system: You are a helpful assistant.
user:
Analyze the provided spectrum to determine if it is a **S-type Star**.

- **Key Indicators for S-type Star:**

    - **(Overall Spectrum Shape):** The first and most obvious characteristic is the overall continuum (the "baseline" shape). It is **extremely "red-sloping,"** meaning the flux (light intensity) is very low on the left side (blue, ~4000-4500 Å) and rises steeply and continuously toward the right side (red, ~7000 Å+).

    - **(Primary):** The spectrum is defined by the presence of strong, broad molecular absorption "valleys" (bands) from **Zirconium Oxide (ZrO)**. The identification of these bands is the **primary requirement** for classifying a star as S-type.
        - **(Key Bandheads):** You must find distinct, deep "dips" where the light has been absorbed. The most critical band systems to locate are:
            - **~6474 Å** ($\gamma$-system): This is often the strongest and clearest ZrO feature, found in the red part of the spectrum.
            - **~5718 Å** & **~5551 Å** ($\beta$-system): A pair of prominent absorption features in the yellow-orange part of the spectrum.
            - **~4640 Å** ($\alpha$-system): A key absorption band system in the blue-green region of the spectrum.

    - **(Secondary Confirmation):** The classification is strengthened by finding additional absorption bands from other related heavy element oxides, which are expected to be present alongside ZrO.
        - **(Key Bandheads):**
            - **Yttrium Oxide (YO):** Look for absorption dips near **~4800 Å** and **~6100 Å**.
            - **Lanthanum Oxide (LaO):** Additional absorption features, particularly in the red-orange part of the spectrum, are also characteristic.

    - **(Line Profile):** The combination of the steep red continuum and these numerous, deep molecular bands (ZrO, YO, etc.) gives the entire spectrum a very **"chopped-up"** or **"bumpy"** appearance. Instead of a smooth curve, the spectrum looks as though large, wide chunks of light have been "carved out" of it at the specific wavelengths listed above.

Think first, call **spectral_visualization_tool** if needed to examine features in detail, then provide your final answer. Your response must adhere to the following strict rules:
1.  **Overall Structure:** Your response must follow the format `<think>...</think> <tool_call>...</tool_call> (if a tool is used) <answer>...</answer>`.
2.  **Tool Usage Constraint:** You may only make **one** tool call per turn.
3.  **Final Answer Format:** In the `<answer>` tag, your conclusion must be inside a `\boxed{}` command (e.g., `\boxed{YES}` or `\boxed{NO}`), followed by your justification.

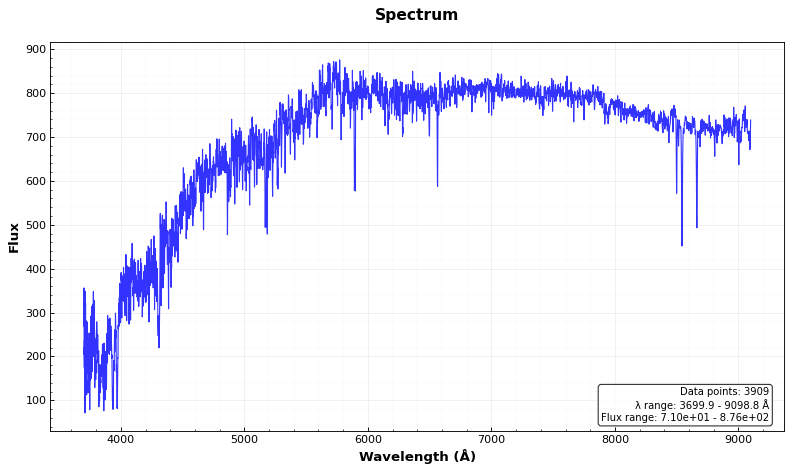
Answer: NO